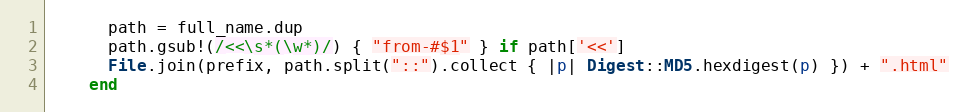
Language: Ruby
      path = full_name.dup
      path.gsub!(/<<\s*(\w*)/) { "from-#$1" } if path['<<']
      File.join(prefix, path.split("::").collect { |p| Digest::MD5.hexdigest(p) }) + ".html"
    end